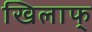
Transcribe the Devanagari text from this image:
खिलाफ्